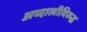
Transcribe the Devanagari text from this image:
अब्दालीविरुद्ध